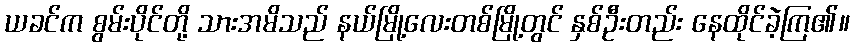
ယခင်က စွမ်းပိုင်တို့ သားအမိသည် နယ်မြို့လေးတစ်မြို့တွင် နှစ်ဦးတည်း နေထိုင်ခဲ့ကြ၏။